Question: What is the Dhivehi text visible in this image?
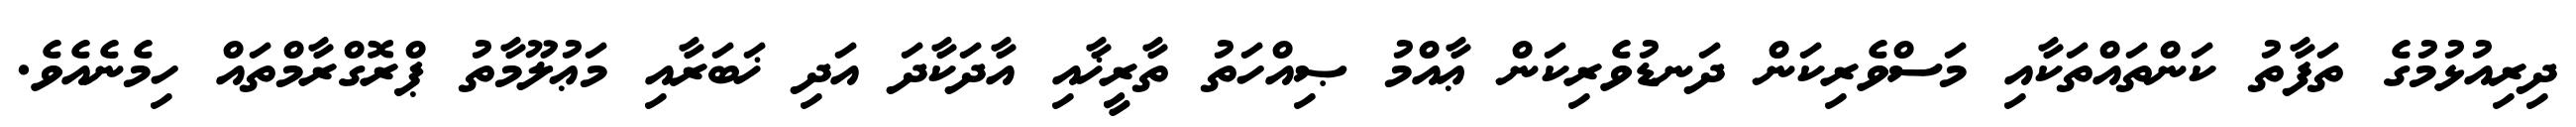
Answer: ދިރިއުޅުމުގެ ތަފާތު ކަންތައްތަކާއި މަސްވެރިކަން ދަނޑުވެރިކަން ޢާއްމު ޞިއްހަތު ތާރީޚާއި އާދަކާދަ އަދި ޚަބަރާއި މަޢުލޫމާތު ޕްރޮގްރާމްތައް ހިމެނެއެވެ.